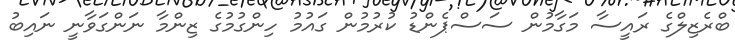
ބްރެޒިލްގެ ރައީސާ މަގާމުން ސަސްޕެންޑު ކުރުމުން ގައުމު ހިންގުމުގެ ޒިންމާ ނަންގަވާނީ ނައިބު